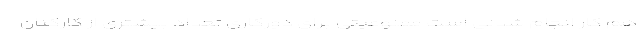
هم کار انجام شدنی است ممنوعیتی برای دورکاری تعداد بیشتری از کارکنان